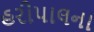
હરીપાલના